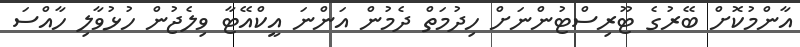
އާންމުކޮށް ބޭރުގެ ޓޫރިސްޓުންނަށް ހިދުމަތް ދެމުން އަންނަ އީކްއޭޓާ ވިލެޖުން ހުޅުވާލި ހާއްސަ